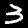
Label: 3